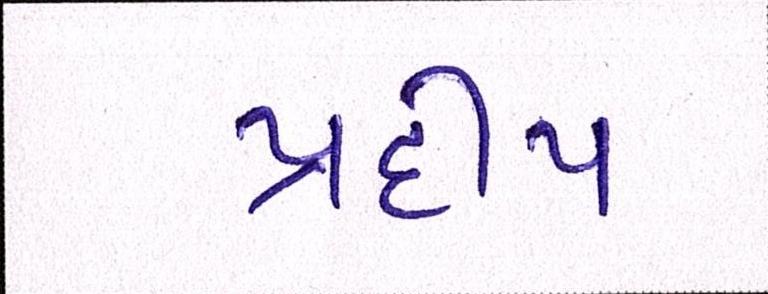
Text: પ્રદીપ